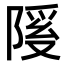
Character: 𫕊